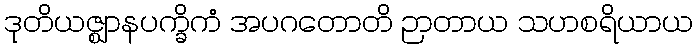
ဒုတိယဇ္ဈာနပက္ခိကံ အပဂတောတိ ဉာတာယ သဟစရိယာယ